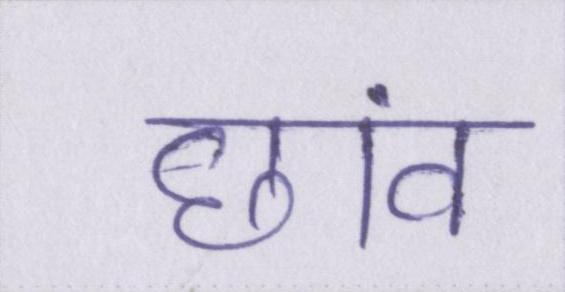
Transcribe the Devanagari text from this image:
छांव